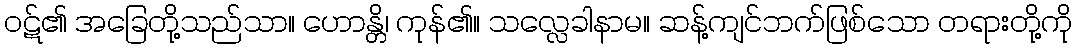
ဝဋ်၏ အခြေတို့သည်သာ။ ဟောန္တိ၊ ကုန်၏။ သလ္လေခါနာမ။ ဆန့်ကျင်ဘက်ဖြစ်သော တရားတို့ကို